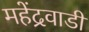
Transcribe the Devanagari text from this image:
महेंद्रवाडी